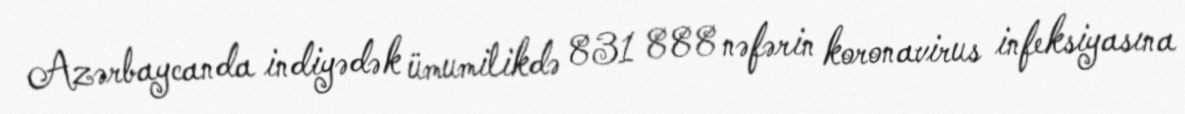
Azərbaycanda indiyədək ümumilikdə 831 888 nəfərin koronavirus infeksiyasına